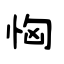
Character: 恟